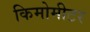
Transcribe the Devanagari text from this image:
किमोमीटर